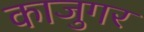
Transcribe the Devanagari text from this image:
काजुगर